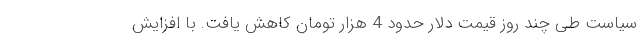
سیاست طی چند روز قیمت دلار حدود 4 هزار تومان کاهش یافت. با افزایش